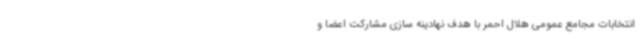
انتخابات مجامع عمومی هلال احمر با هدف نهادینه سازی مشارکت اعضا و